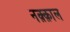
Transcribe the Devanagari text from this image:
नक़्क़ाल